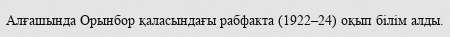
Алғашында Орынбор қаласындағы рабфакта (1922–24) оқып білім алды.